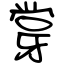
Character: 牚